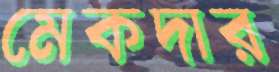
মেকদার